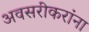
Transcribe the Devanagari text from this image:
अवसरीकरांना